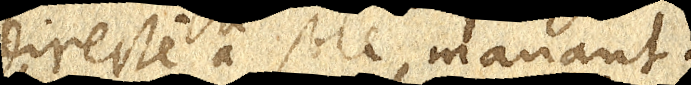
directe a sole manant.